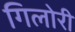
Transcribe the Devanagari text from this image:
गिलोरी